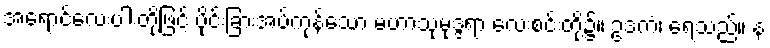
အရောင်လေးပါးတို့ဖြင့် ပိုင်းခြားအပ်ကုန်သော မဟာသုမုဒ္ဒရာ လေးစင်းတို့၌။ ဥဒကံ၊ ရေသည်။ န